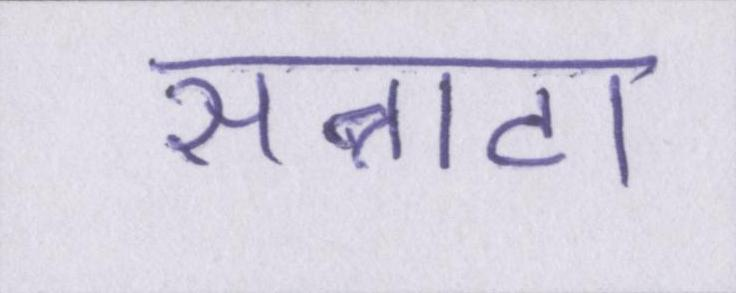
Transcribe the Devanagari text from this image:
सन्नाटा